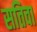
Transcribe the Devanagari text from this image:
सतिवा